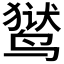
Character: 𬸚